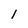
Character: l